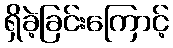
ရှိခဲ့ခြင်းကြောင့်